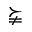
\succneqq